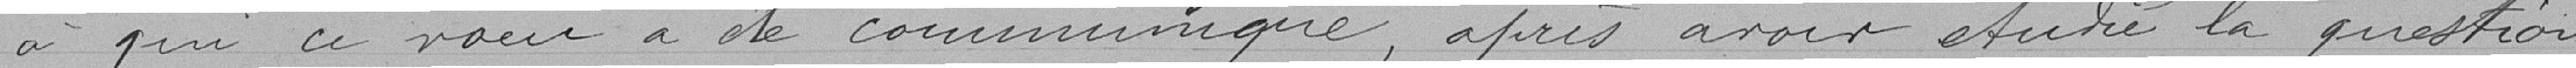
à qui ce vœu a été communiqué, après avoir étudié la question,